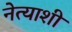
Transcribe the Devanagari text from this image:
नेत्याशी